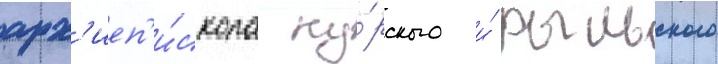
арх'иеп'и́скопа ку́рского и́ рыльского